Saare_Masina-traktorijaam, lk 11
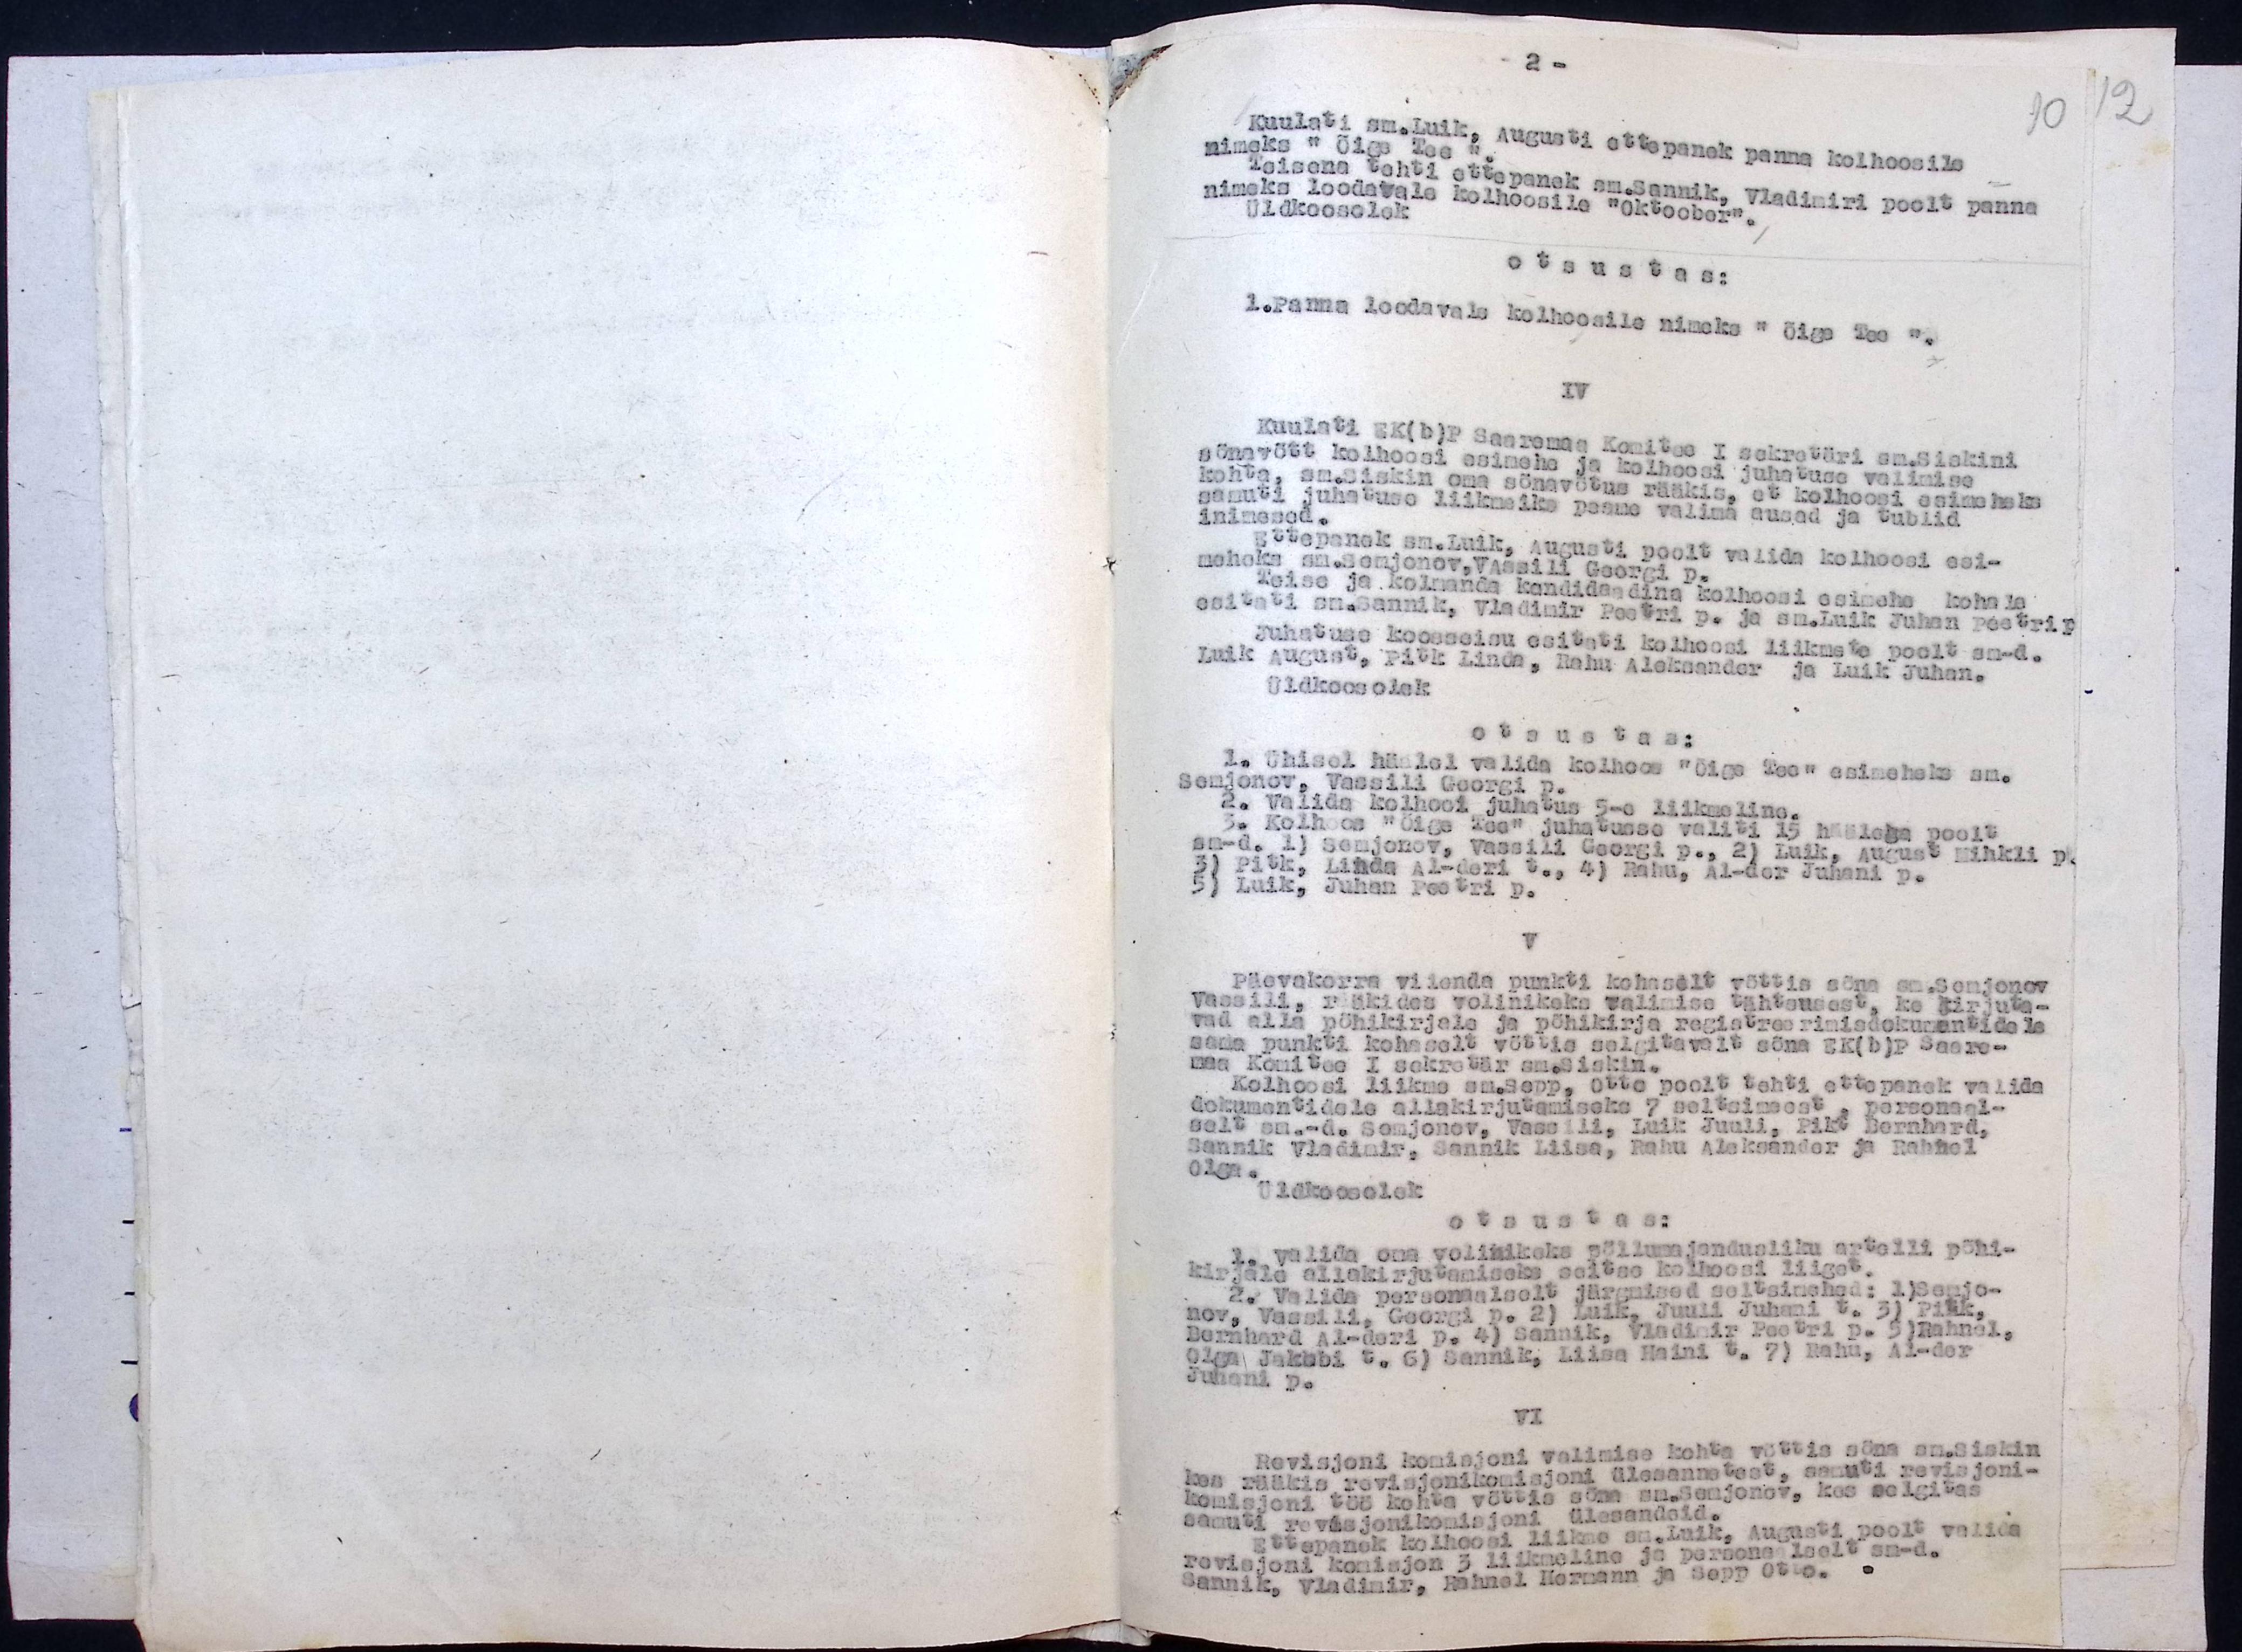
Kuulati sm.Luik, Augusti ettepanek panna kolhoosile
nimeks "Õige Tee".
Teisena tehti ettepanek sm.Sannik, Vladimiri poolt panna
nimeks loodavale kolhoosile "Oktoober".
Üldkoosolek
otsustas:
1.Panna loodavale kolhoosile nimeks "Õige Tee".
IV
Kuulati EK(b)P Saaremaa Komitee I sekretäri sm.Siskini
sõnavõtt kolhoosi esimehe ja kolhoosi juhatuse valimise
kohta, sm.Siskin oma sõnavõtus rääkis, et kolhoosi esimeheks
samuti juhatuse liikmeiks peame valima ausad ja tublid
inimesed.
Ettepanek sm.Luik, Augusti poolt valida kolhoosi esi-
meheks sm.Semjonov, Vassili Georgi p.
Teise ja kolhanda kandidaadina kolhoosi esimehe kohala,
esitati sm.Sannik, Vladimir Peetri p. ja sm.Luik Juhan Peetri p.
Juhatuse koosseisu esiteti kolhoosi liikmete poolt sm-d.
Luik August, Pitk Linda, Rahu Aleksander ja Luik Juhan.
Üldkoosolek
otsustas:
1. Ühisel häälel valida kolhoos "Õige Tее" esimeheks sm.
Semjonov Vassili Georgi p.
2. Valida kolhoosi juhatus 5-e liikmeline.
3. Kolhoos "Õige Tee" juhatusse valiti 15 häälega poolt
sm-d. 1) Semjonov, Vassili Georgi p., 2) Luik, August Mihkli p.
4) Pitk, Linda Al-deri t., 4) Rahu, Al-der Juhani p.
5) Luik, Juhan Peetri p.
V.
Päevakorra viienda punkti kohaselt võttis sõna sm.Semjonov
Vassili, rääkides volinikeks valimise tähtsusest, ka kirjuta-
vad alla põhikirjale ja põhikirja registreerimisdokumentidele
sama punkti kohaselt võttis selgitavalt sõna EK(b)P Saare-
maa Komitee I sekretär sm.Siskin.
Kolhoosi liikme sm.Sepp, Otto poolt tehti ettepanek valida
dokumentidele allakirjutamiseks 7 seltsimeest, personaal-
selt sm.-d. Semjonov, Vassili, Luik Juuli, Pik. Bernhard,
Sannik Vladimir, Sannik Liisa, Rahu Aleksander ja Rahhel
Olga.
Üldkoosolek
otsustas:
1. Valida oma volinikeks põllumajandusliku artelli põhi-
kirjale allkirjastamiseks seitse kolhoosi liiget.
2. Valida personnalselt järgmised seltsimehed: 1)Semjo-
nov, Vassalli, Georgi p. 2) Luik, Juuli Juhan t. 3) Pitk,
Bernhard Al-deri p. 4) Sannik, Vladimir Peetri p. 5) Rahnel,
Olga Jakobi t., 6) Sannik, Liisa Haini t. 7) Rahu, Al-der
Juhani p.
VI
Revisjoni komisjoni valimise kohta võttis sõna sm.Siskin
kes rääkis revisjonikomisjoni ülesannetest, samuti revisjoni-
komisjoni töö kohta võttis sõna sm.Semjonov, kes selgitas
samuti revisjonikomisjoni ülesandeid.
Ettepanek kolhoosi liikme sm.Luik, Augusti poolt valida
revisjoni komisjon 3 liikmeline ja personaalselt sm-d.
Sannik, Vladimir, Rahnel Hermann ja Sepp Otto.